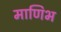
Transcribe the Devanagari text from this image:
माणिभ